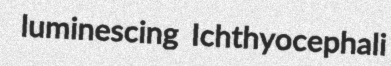
luminescing Ichthyocephali